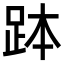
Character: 𧿾